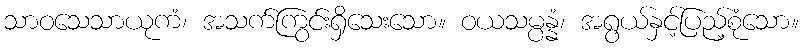
သာဝသေသာယုကံ၊ အသက်ကြွင်းရှိသေးသော။ ဝယသမ္ပန္နံ၊ အရွယ်နှင့်ပြည့်စုံသော။